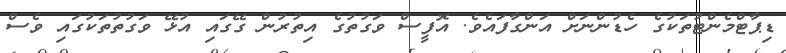
ޑިޕާޓްމެންޓުތަކުގެ ހެޑުންނަށް އަންގާފައެވެ. އޮފީސް ވަގުތުގެ އިތުރުން ގޭގައި އުޅޭ ވަގުތުތަކުގައި ވެސް